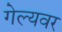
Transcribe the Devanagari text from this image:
गेल्यवर